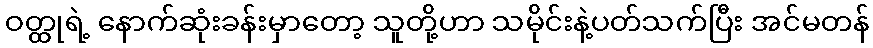
ဝတ္ထုရဲ့ နောက်ဆုံးခန်းမှာတော့ သူတို့ဟာ သမိုင်းနဲ့ပတ်သက်ပြီး အင်မတန်